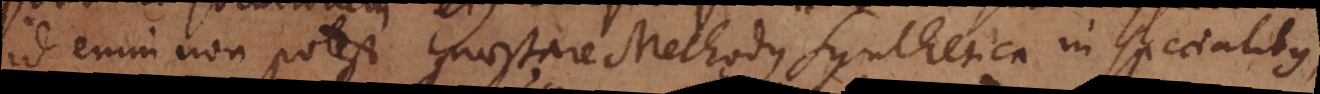
id enim non potest praestare Methodus Synthetica in specialibus,